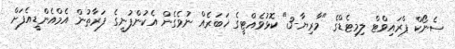
ސެނޯކް ޕްރައިވްޓް ލިމިޓެޑްގެ "މާރިޔާ-3" ކޮޅުވެއްޓީގެ ޚަބަރެއް ނުވެގެން އެކުންފުނީގެ ފަރާތުން އެމްއެންޑީއެފަށް